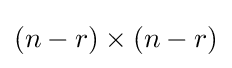
(n-r)\times (n-r)